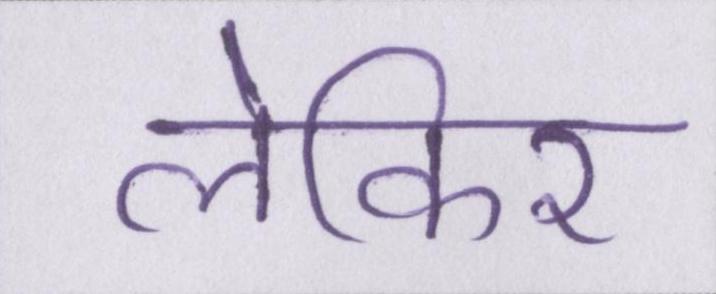
लेकिर